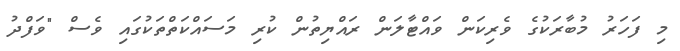
މި ފަހަރު މުބާރަކުގެ ވެރިކަން ވައްޓާލަން ރައްޔިތުން ކުރި މަސައްކަތްތަކުގައި ވެސް "ވަފްދު